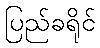
ပြည်ခရိုင်